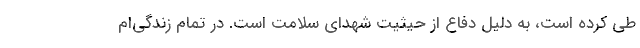
طی کرده است، به دلیل دفاع از حیثیت شهدای سلامت است. در تمام زندگی‌ام